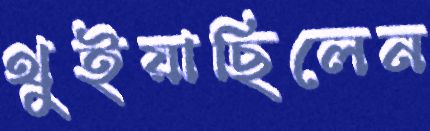
থুইয়াছিলেন